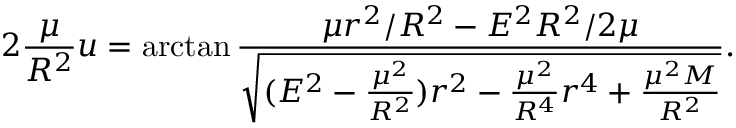
2 { \frac { \mu } { R ^ { 2 } } } u = \arctan { \frac { \mu r ^ { 2 } / R ^ { 2 } - E ^ { 2 } R ^ { 2 } / 2 \mu } { \sqrt { ( E ^ { 2 } - { \frac { \mu ^ { 2 } } { R ^ { 2 } } } ) r ^ { 2 } - { \frac { \mu ^ { 2 } } { R ^ { 4 } } } r ^ { 4 } + { \frac { \mu ^ { 2 } M } { R ^ { 2 } } } } } } .